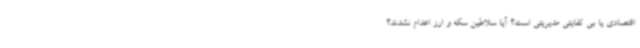
اقتصادی یا بی کفایتی مدیریتی است؟ آیا سلاطین سکه و ارز اعدام نشدند؟